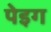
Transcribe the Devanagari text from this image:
पेइग